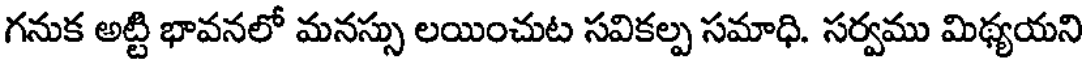
గనుక అట్టి భావనలో మనస్సు లయించుట సవికల్ప సమాధి. సర్వము మిథ్యయని